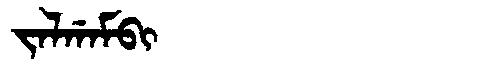
Manchu: ᠵᠠᠯᡤᠠᠮᠪᡳ
Romanization: JALGAMBI